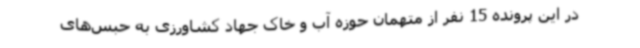
در این پرونده 15 نفر از متهمان حوزه آب و خاک جهاد کشاورزی به حبس‌های